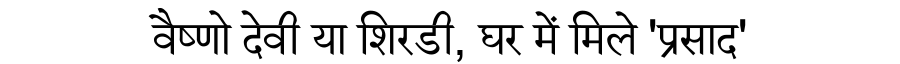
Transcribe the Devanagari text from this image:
वैष्णो देवी या शिरडी, घर में मिले 'प्रसाद'